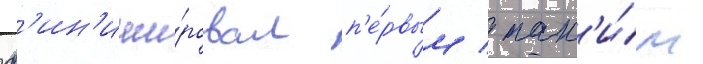
ф'ин'иши́ровал п'е́рвым / так'и́м